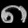
Digit: ၈